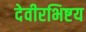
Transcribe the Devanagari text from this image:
देवीरभिष्टय